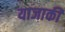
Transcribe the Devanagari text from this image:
याजाकी